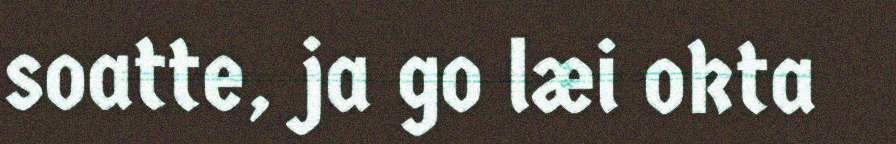
soatte, ja go læi okta